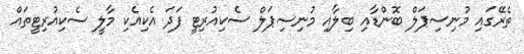
ތެރޭގައި މުނިސިޕަލް ބޮންޑާއި ބިލާއި މުނިސިޕަލް ސެކިއުރިޓީ ފަދަ އެކިއެކި މާލީ ސެކިއުރިޓީތައް